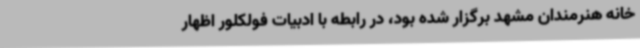
خانه هنرمندان مشهد برگزار شده بود، در رابطه با ادبیات فولکلور اظهار